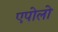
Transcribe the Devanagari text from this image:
एपोलो